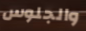
والجلوس